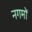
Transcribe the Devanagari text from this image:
नगमों